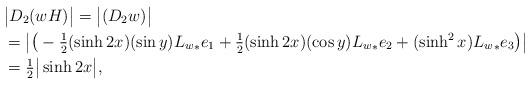
LaTeX: \begin{align*} &\big| D_2(wH) \big| = \big|(D_2 w)^{} \big| \\ &= \big| \big( -\tfrac{1}{2} (\sinh{2x})(\sin{y}) {L_w}_{*} e_1 + \tfrac{1}{2} (\sinh{2x})(\cos{y}) {L_w}_{*} e_2 + (\sinh^2 {x}) {L_w}_{*} e_3 \big)^{} \big| \\ &= \tfrac{1}{2} \big| \sinh{2x} \big|,\end{align*}